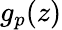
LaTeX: g_{p}(z)